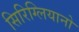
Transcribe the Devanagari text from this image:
सिरिग्लियानो